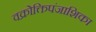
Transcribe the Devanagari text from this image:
वक्रोक्तिपंजाशिका